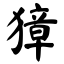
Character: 獐